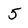
Character: 5